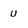
Character: U